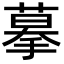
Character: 摹